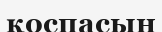
қоспасын